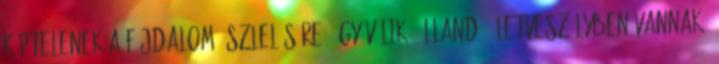
képtelenek a fájdalom észlelésére. Úgy vélik, állandó életveszélyben vannak.